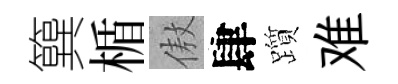
簨楯傲肆躓难